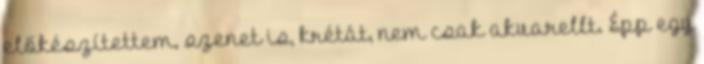
előkészítettem, szenet is, krétát, nem csak akvarellt. Épp egy